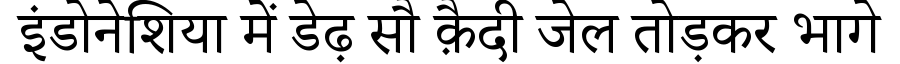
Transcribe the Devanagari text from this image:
इंडोनेशिया में डेढ़ सौ क़ैदी जेल तोड़कर भागे